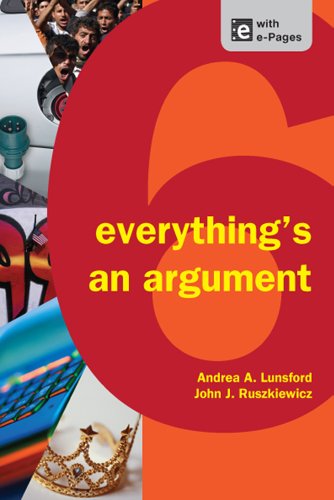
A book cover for Everything's an Argument; Andrea A. Lunsford; Reference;